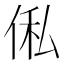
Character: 俬